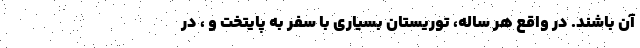
آن باشند. در واقع هر ساله، توریستان بسیاری با سفر به پایتخت و ، در